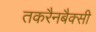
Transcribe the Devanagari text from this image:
तकरैनबैक्सी